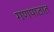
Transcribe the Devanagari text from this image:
गणपाठात